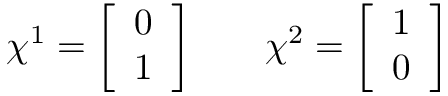
\chi ^ { 1 } = { \left[ \begin{array} { l } { 0 } \\ { 1 } \end{array} \right] } \quad \quad \chi ^ { 2 } = { \left[ \begin{array} { l } { 1 } \\ { 0 } \end{array} \right] }